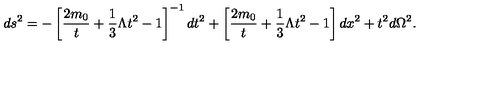
d s ^ { 2 } = - \left[ \frac { 2 m _ { 0 } } { t } + \frac { 1 } { 3 } \Lambda t ^ { 2 } - 1 \right] ^ { - 1 } d t ^ { 2 } + \left[ \frac { 2 m _ { 0 } } { t } + \frac { 1 } { 3 } \Lambda t ^ { 2 } - 1 \right] d x ^ { 2 } + t ^ { 2 } d \Omega ^ { 2 } .